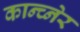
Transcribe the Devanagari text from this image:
कान्च्नेर